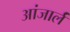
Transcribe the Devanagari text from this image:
आंजार्लं